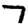
Digit: 7